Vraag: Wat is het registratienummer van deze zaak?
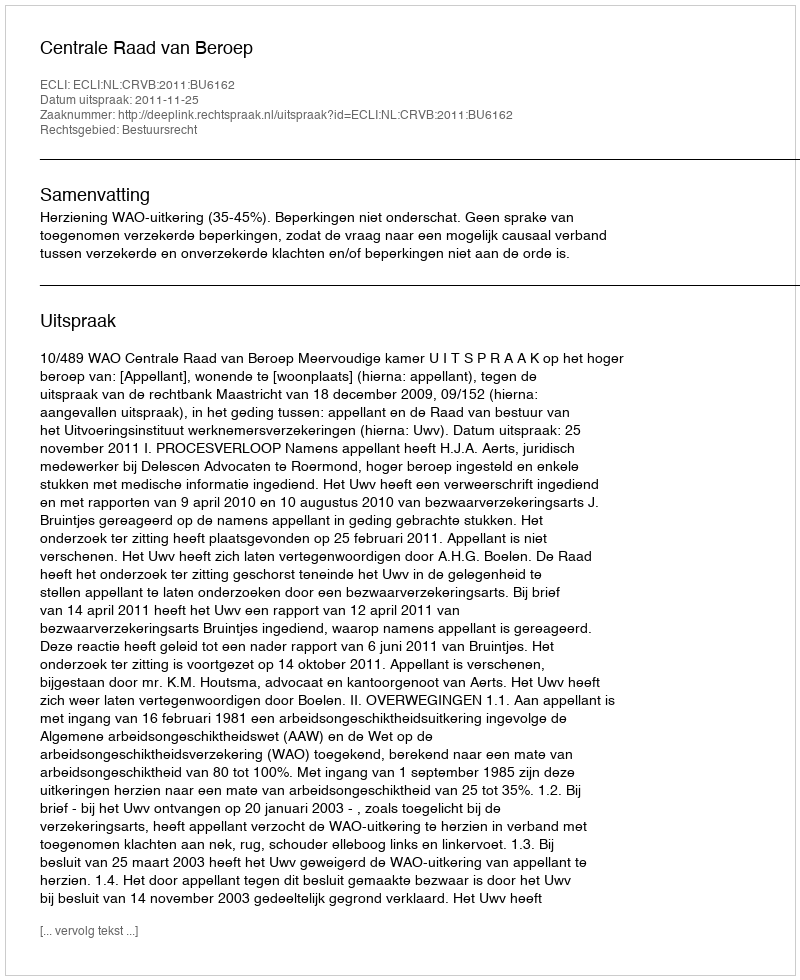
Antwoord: http://deeplink.rechtspraak.nl/uitspraak?id=ECLI:NL:CRVB:2011:BU6162